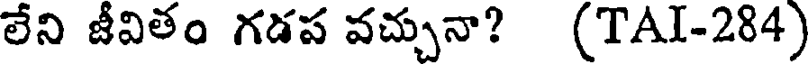
లేని జీవితం గడప వచ్చునా? (TAI-284)